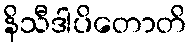
နိသီဒါပိတောတိ